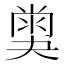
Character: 𡙪